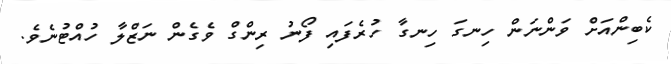
ކެބިންއަށް ވަންނަން ހިނގަ ހިނގާ ހުރެފައި ފޯނު ރިންގް ވެގެން ނަޒްލާ ހުއްޓުނެވެ.